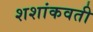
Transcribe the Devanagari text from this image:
शशांकवती